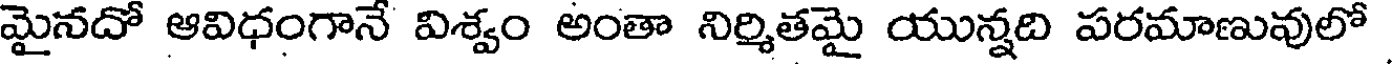
మైనదో ఆవిధంగానే విశ్వం అంతా నిర్మితమై యున్నది పరమాణువులో